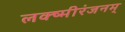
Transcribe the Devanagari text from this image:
लक्ष्मीरंजनम्